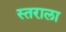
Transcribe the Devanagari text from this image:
स्तराला